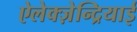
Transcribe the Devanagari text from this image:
ऐलेक्ज़ेन्द्रियाई